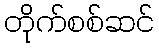
တိုက်စစ်ဆင်